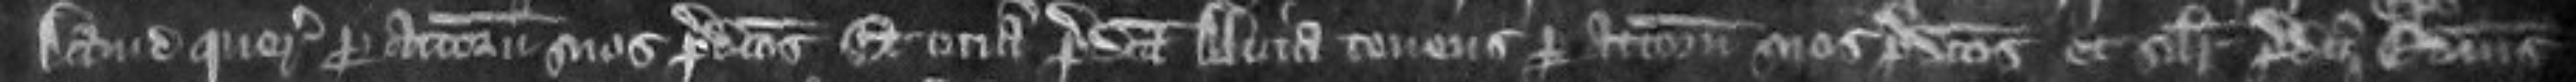
David querens per attornatos suos predictos et etiam predicta Alicia tenens per attornatos suos predictos et similiter predicti Edmundus